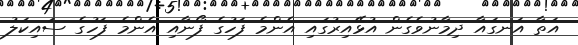
އަތާ އަނގައާ ދިމާނުވެގެން އުޅޭއިރުގައި އެންމެ ފަހުގެ ފޯނާއި އެންމެ ފަހުގެ ސައިކަލު